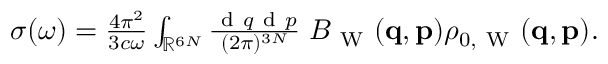
\begin{array} { r } { \sigma ( \omega ) = \frac { 4 \pi ^ { 2 } } { 3 c \omega } \int _ { \mathbb { R } ^ { 6 N } } \frac { \ensuremath { \mathrm { ~ d ~ } } \b { q } \ensuremath { \mathrm { ~ d ~ } } \b { p } } { ( 2 \pi ) ^ { 3 N } } \; B _ { \mathrm { ~ W ~ } } ( \ensuremath { \mathbf { q } } , \ensuremath { \mathbf { p } } ) \rho _ { 0 , \mathrm { ~ W ~ } } ( \ensuremath { \mathbf { q } } , \ensuremath { \mathbf { p } } ) . } \end{array}